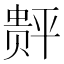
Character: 𲃆